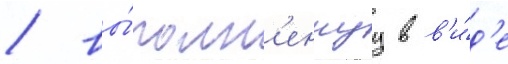
/ вы́полн'еннуу в в'и́д'е